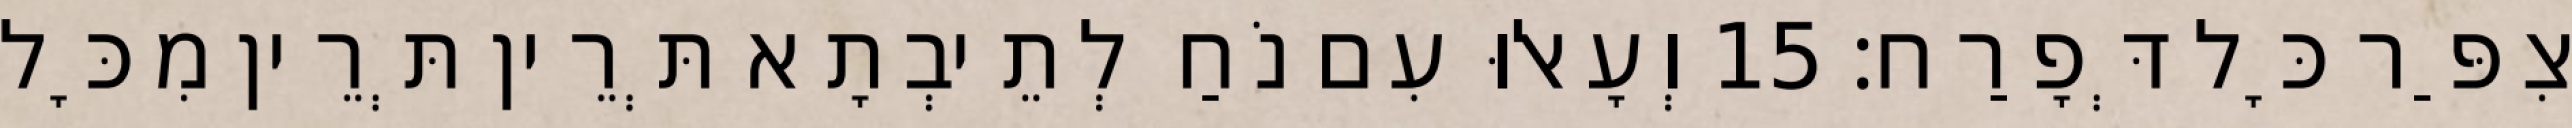
צִפַּר כָּל דְּפָרַח׃ 15 וְעָאלוּ עִם נֹחַ לְתֵיבְתָא תְּרֵין תְּרֵין מִכָּל